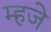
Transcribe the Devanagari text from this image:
म्हजे